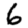
Digit: 6